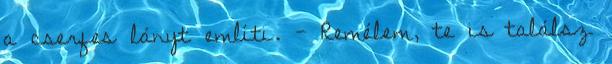
a cserfes lányt említi. - Remélem, te is találsz